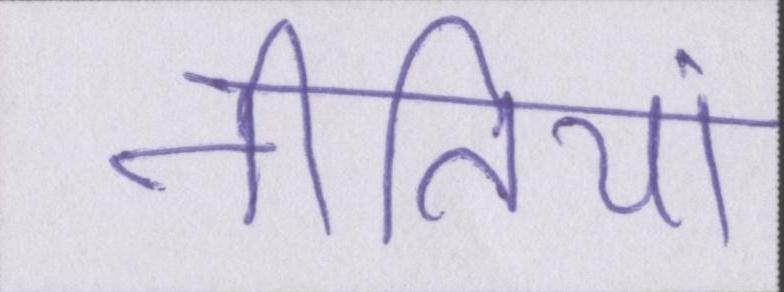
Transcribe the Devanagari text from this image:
नीतियां